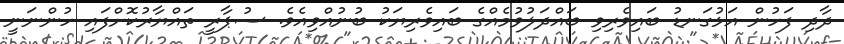
ދާދި ފަހުން އަޅުގަނޑު ބައިވެރިވި ބައްދަލުވުމެއްގެ ބައިވެރިޔަކު ބުނުއްވިއެވެ. ސުޕާރީ ތައްޔާރުކޮށްފައި ހުންނަނީ